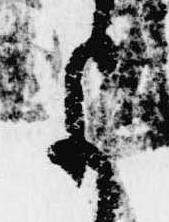
よ